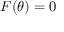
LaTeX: F ( \theta ) = 0